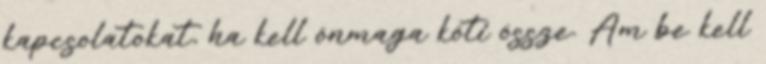
kapcsolatokat, ha kell önmaga köti össze. Ám be kell